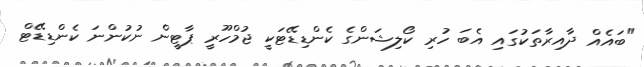
"ބައެއް ދާއިރާތަކުގައި އެބަ ހުރި ކޯލިޝަންގެ ކެންޑިޑޭޓަކީ ޖުމްހޫރީ ޕާޓީން ނުކުންނަ ކެންޑިޑޭޓް